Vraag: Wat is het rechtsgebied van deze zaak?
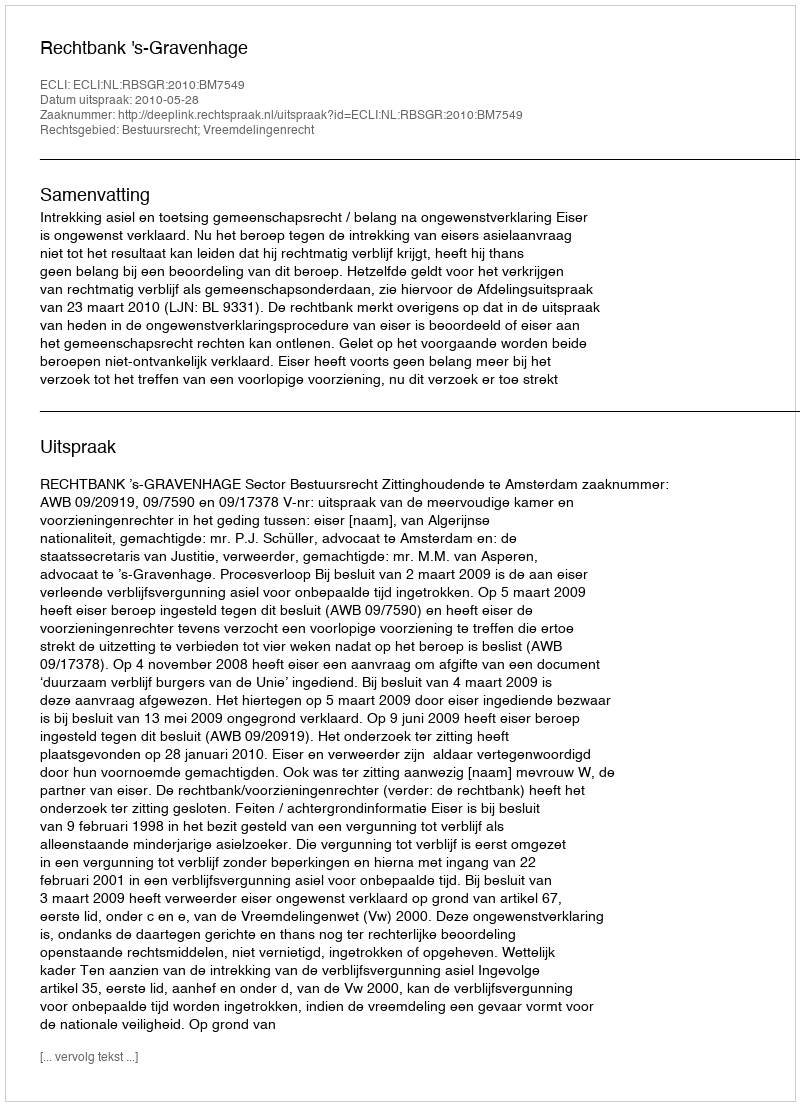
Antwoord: Bestuursrecht; Vreemdelingenrecht